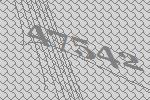
47542